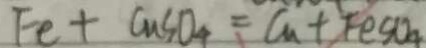
F e + C u S O _ { 4 } = C _ { 1 } + F e S O _ { 4 }